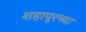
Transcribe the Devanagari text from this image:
शहापूरच्या